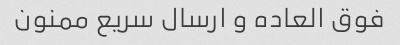
فوق العاده و ارسال سریع ممنون